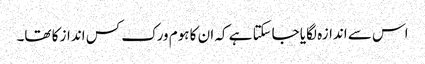
اس سے اندازہ لگایا جاسکتا ہے کہ ان کا ہوم ورک کس انداز کا تھا۔